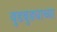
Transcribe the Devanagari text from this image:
बुडबुड्याच्या